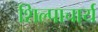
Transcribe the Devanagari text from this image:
शिल्पाचार्य